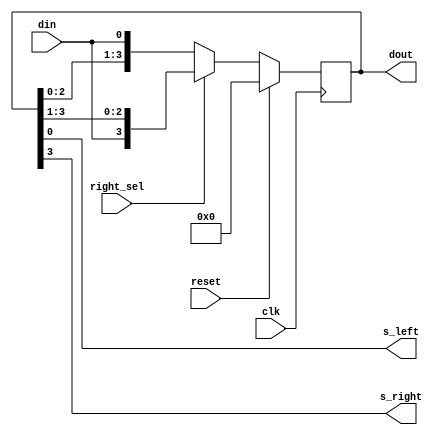
module universal_shift(
input clk,
input reset,
input right_sel,
input din,
output reg [3:0] dout,
output s_left,
output s_right
);

always@(posedge clk) begin
	if (reset == 1)
		dout <= 0;
	else begin
		if (right_sel == 1) 
			dout <= {din,dout[3:1]};
		else
			dout <= {dout[2:0],din};
	end
end

assign s_left = dout[0];
assign s_right = dout[3];

endmodule